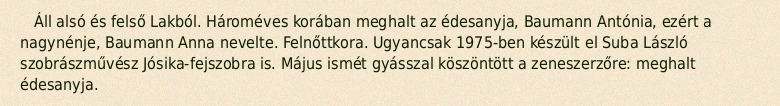
Áll alsó és felső Lakból. Hároméves korában meghalt az édesanyja, Baumann Antónia, ezért a nagynénje, Baumann Anna nevelte. Felnőttkora. Ugyancsak 1975-ben készült el Suba László szobrászművész Jósika-fejszobra is. Május ismét gyásszal köszöntött a zeneszerzőre: meghalt édesanyja.